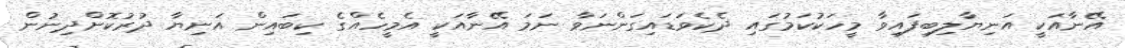
އޭނާއަކީ އަނިޔާލިބިފައިވާ މީހަކުކަމުގައި ދެކެވަޑައިގަންނަވާ ނަމަ އޭނާއަކީ އެމީހެއްގެ ކިބައިން އަނިޔާ ދުރުކޮށްދިނުން